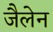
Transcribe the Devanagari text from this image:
जैलेन